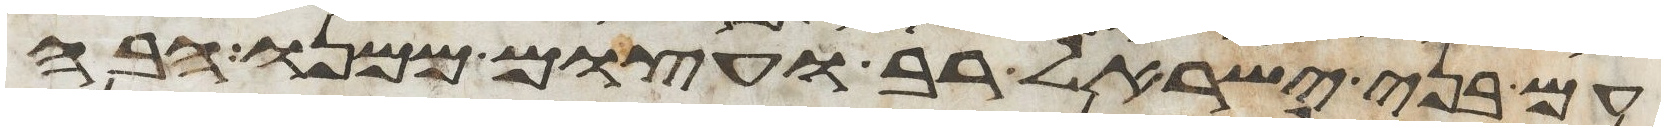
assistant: עם בני ישראל רב ועצום ממנו הבה